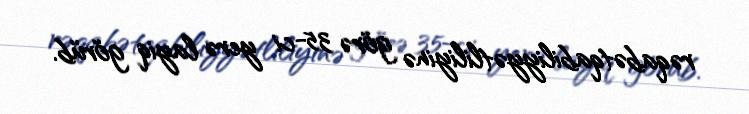
rəqabətqabiliyyətliliyinə görə 35-ci yerə layiq görüb.